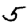
Digit: 5